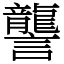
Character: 讋